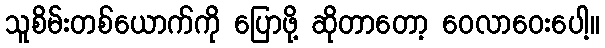
သူစိမ်းတစ်ယောက်ကို ပြောဖို့ ဆိုတာတော့ ဝေလာဝေးပေါ့။